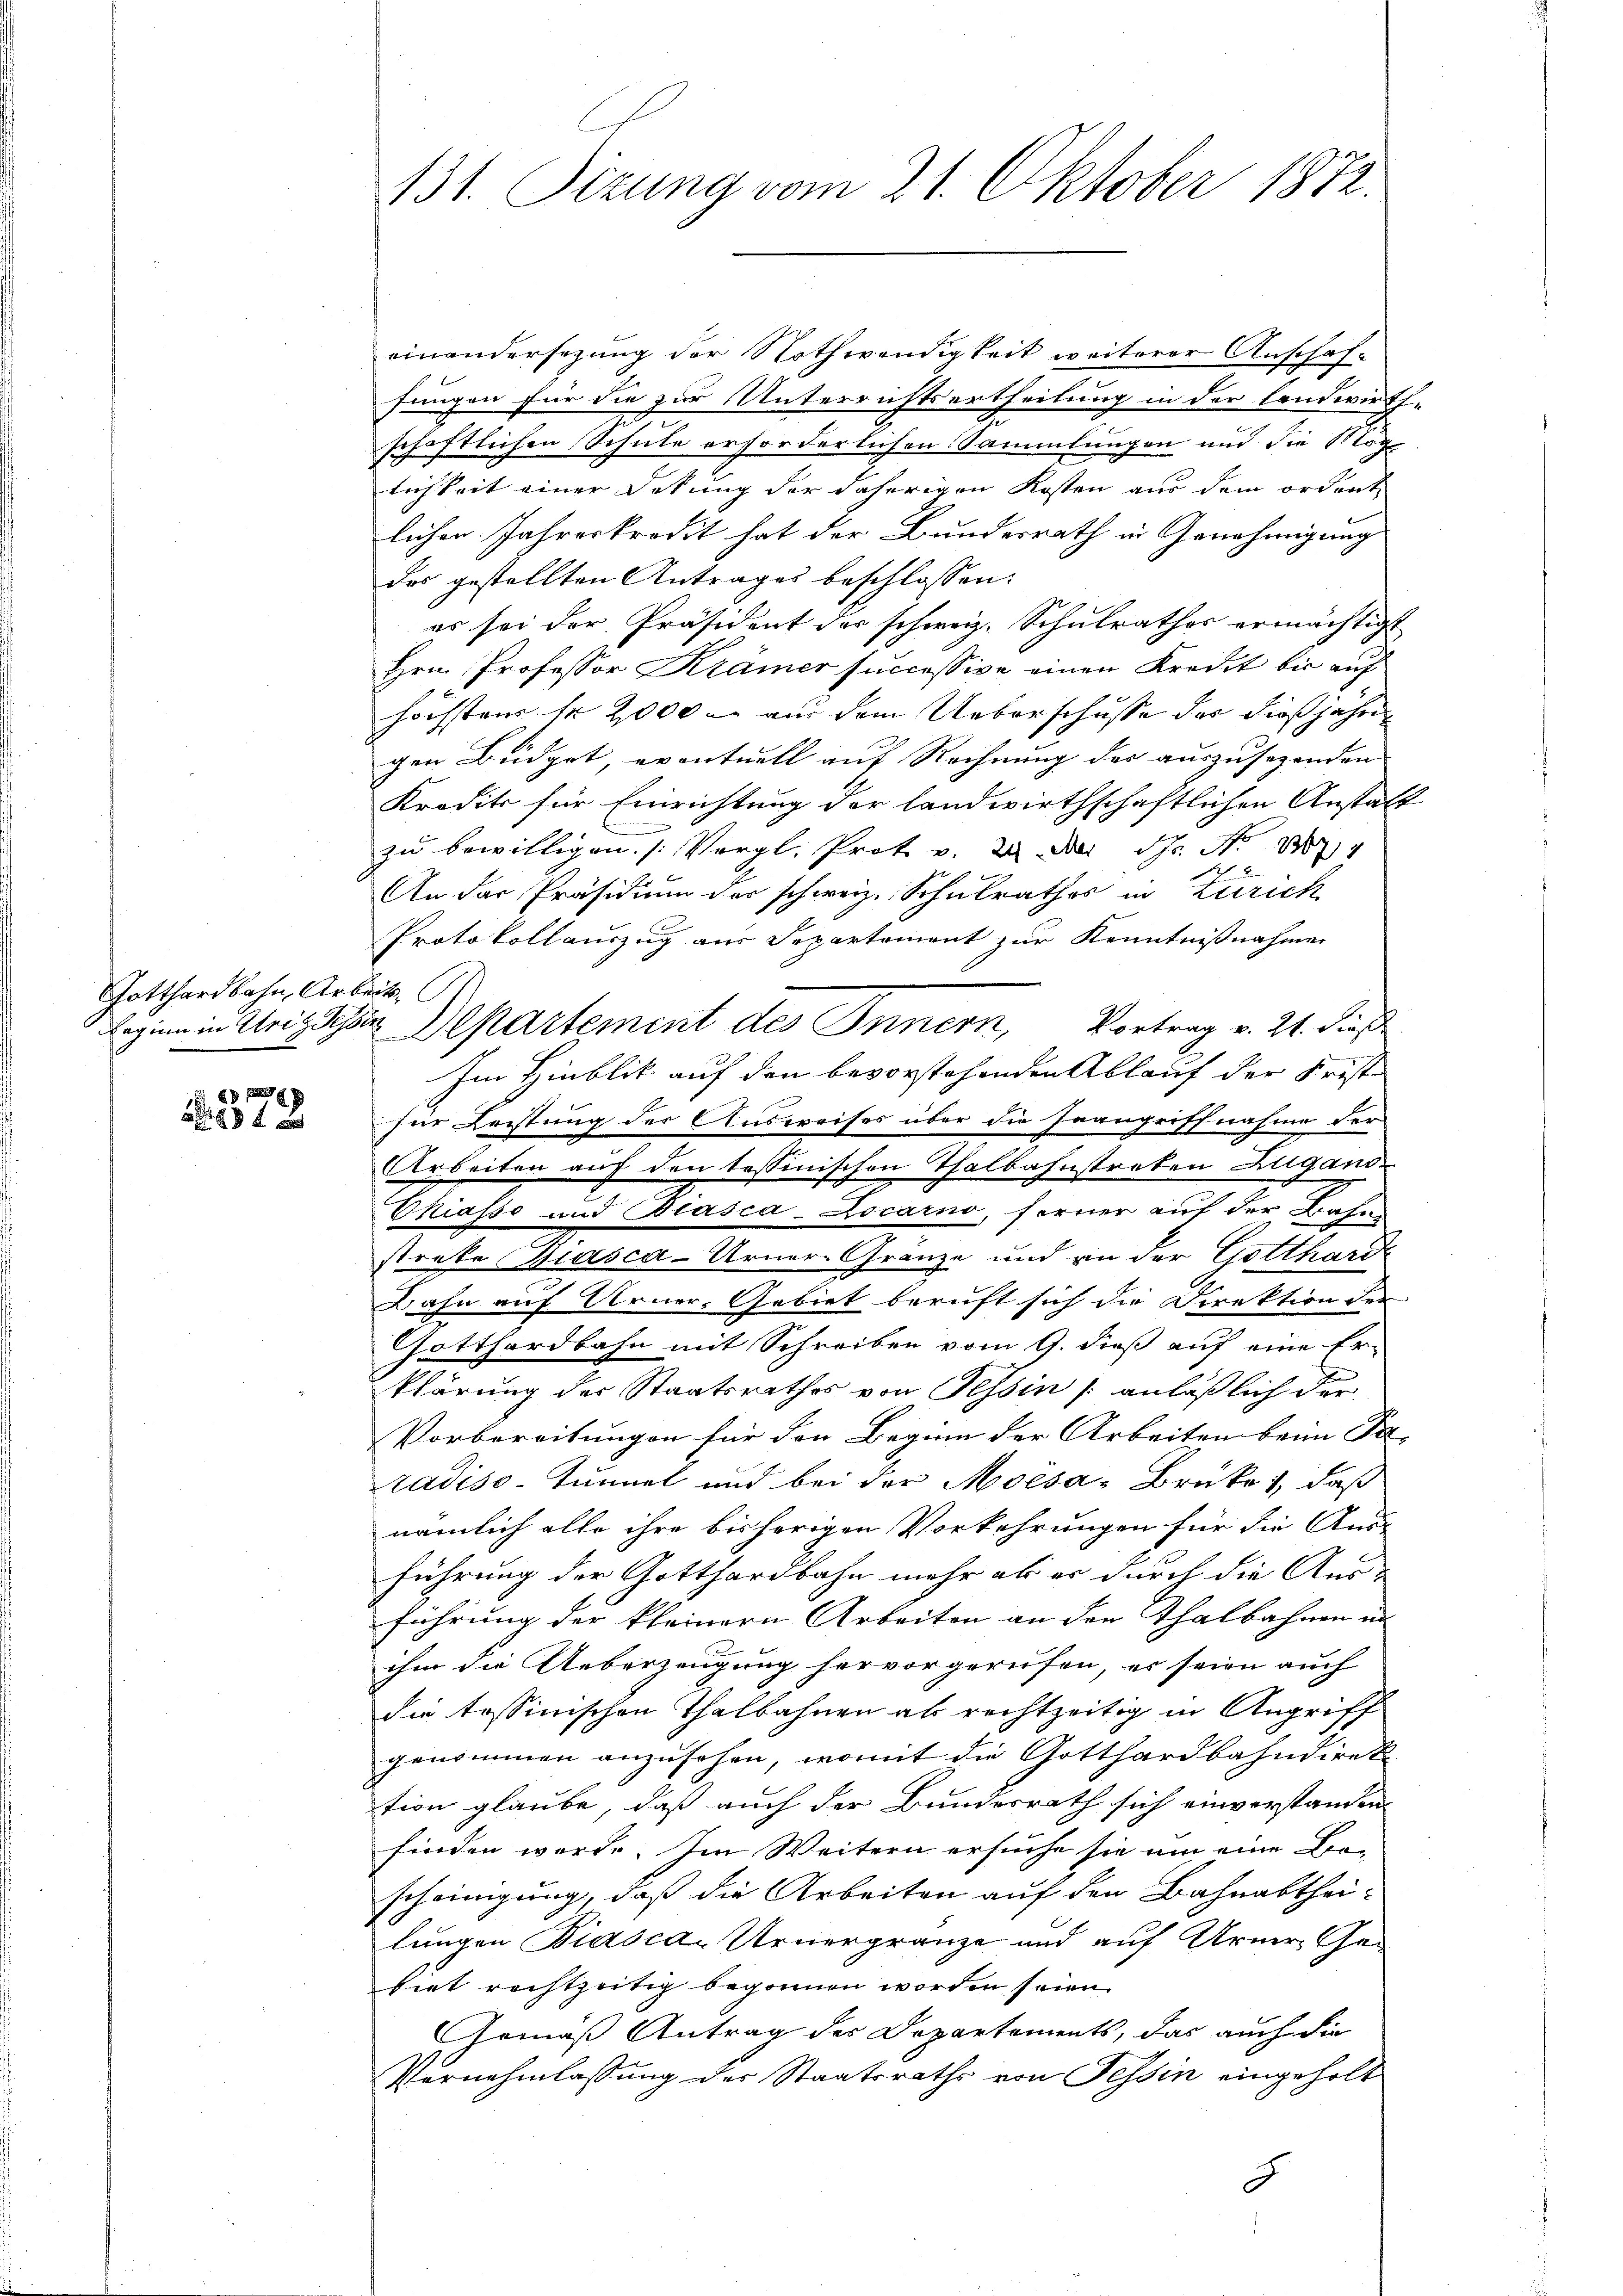
Gotthardbahn, Arb
Beginn in Ursy Sess

a

131. Sizung vom 21. Oktober 1872.

einandersezung der Nothwendigkeit weiterer Anschaf-
fungen für die zur Unterrichtsertheilung in der landwirth¬
2
schaftlichen Schule erforderlichen Sammlungen und die Mögl
lichkeit einer Dokung der daherigen Kosten aus dem ordent
lichen Jahreskredit hat der Bundesrath in Genehmigung
des gestellten Antrages beschlossen:
es sei der Präsident der schweiz. Schulrathes ermächtigt
Hrn. Professor Krämer successive einen Kredit bis auf
höchstens sr 2000 l. aus dem Ueberschusse der dießjähre
gen Büdget, eventuell auf Rechnung des auszusezenden |
Krodits für Einrichtung der landwirthschaftlichen Anstalt
zŭ bewilligen. (Vergl. Prot. v. 2. d. Js. No 14
2
An der Präsidium der schweiz. Schulrathes in Zürich
Protokollauszug aus Separtement zur Kenntnißnahme
ett
in Departement des Innern, Vortrag v. 21. dieß
Im Hinblik auf den bevorstehenden Ablauf der Frist-
zur Leistung der Ausweises über die Inangriffnahme der
Arbeiten auf den tessinischen Thalbahnstreten Zugans¬
Chiasso und Biasca-Locarno, ferner auf der Bahn
streke Biasca-Urner-Gränze und an der Gotthardt
Bahn auf Urner-Gebiet beruft sich die Direktion der
Gotthardbahn mit Schreiben vom 9. dieß auf eine Er-
klärung der Staatsrathes von Tessin /: anläßlich der
Vorbereitungen für den Beginn der Arbeiten beim Sa- |
radiso-Tunnel und bei der Moesa-Brüke 1, daß
nämlich alle ihre bisherigen Vorkehrungen für die Aus-
führung der Gotthardbahn mehr als er durch die Aus-
führung der kleinern Arbeiten an den Thalbahnen in
ihm die Ueberzeugung hervorgerufen, es seien auch
die tessinischen Thalbahnen als rechtzeitig in Angriff
genommen anzusehen, womit die Gotthardbahndirek
tion glaube, daß auch der Bundesrath sich einverstanden
finden werde. Im Weitern ersuche sie um eine Be-
scheinigung, daß die Arbeiten auf den Bahnabtheilungen Biasca Venergränze und auf Arne Getiet rechtzeitig begonnen worden seien.
Gemäß Antrag der Departements, das auch die
Vernehmlassung der Staatsraths von Tessin eingeholt
8